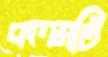
কলমটি